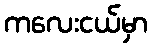
ကလေးငယ်မှာ